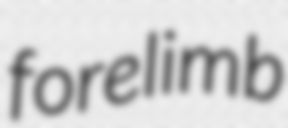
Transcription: forelimb